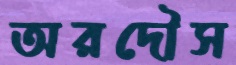
অরদৌস